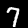
Label: 7